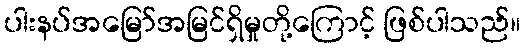
ပါးနပ်အမြော်အမြင်ရှိမှုတို့ကြောင့် ဖြစ်ပါသည်။